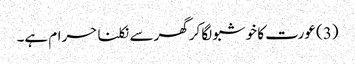
(3) عورت کا خوشبو لگا کرگھر سے نکلنا حرام ہے۔